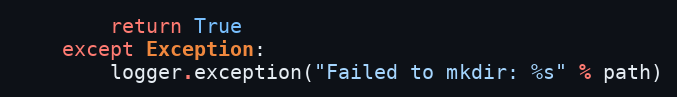
Language: Python
        return True
    except Exception:
        logger.exception("Failed to mkdir: %s" % path)